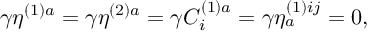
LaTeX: \gamma \eta ^ { ( 1 ) a } = \gamma \eta ^ { ( 2 ) a } = \gamma C _ { i } ^ { ( 1 ) a } = \gamma \eta _ { a } ^ { ( 1 ) i j } = 0 ,